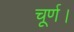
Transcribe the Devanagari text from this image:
चूर्ण।